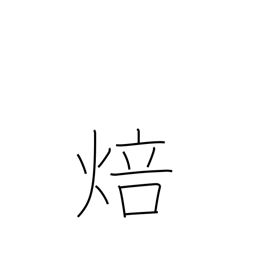
Meaning: fire